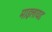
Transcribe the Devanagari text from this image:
माइलायड